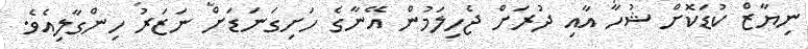
ނިޔާޒް ކުޑަކޮށް ޝުހާ އާއި ދުރަށް ޖެހިލަމުން އޭނާގެ ހަށިގަނަޑަށް ނަޒަރު ހިންގާލިއެވެ.